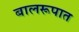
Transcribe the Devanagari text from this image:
बालरूपात